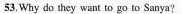
53.Why do they want to go to Sanya?